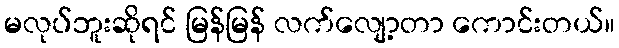
မလုပ်ဘူးဆိုရင် မြန်မြန် လက်လျော့တာ ကောင်းတယ်။